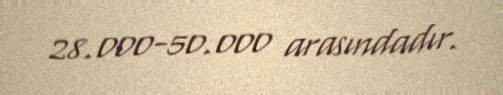
28.000-50.000 arasındadır.